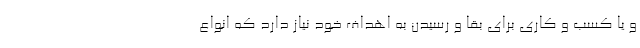
و یا کسب و کاری برای بقا و رسیدن به اهداف خود نیاز دارد که انواع